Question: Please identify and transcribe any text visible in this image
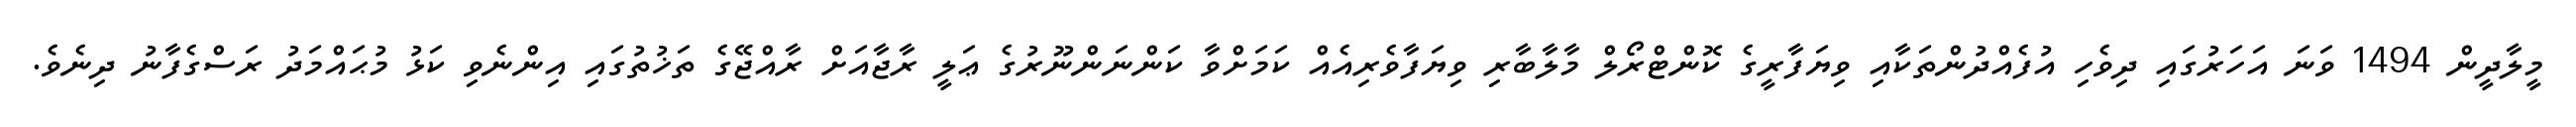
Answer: މީލާދީން 1494 ވަނަ އަހަރުގައި ދިވެހި އުފެއްދުންތަކާއި ވިޔަފާރީގެ ކޮންޓްރޯލް މާލާބާރި ވިޔަފާވެރިއެއް ކަމަށްވާ ކަންނަންނޫރުގެ ޢަލީ ރާޖާއަށް ރާއްޖޭގެ ތަޚުތުގައި އިންނެވި ކަޅު މުޙައްމަދު ރަސްގެފާނު ދިނެވެ.